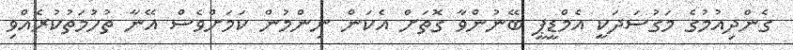
ގެންދިއުމުގެ މަގުސަދަކީ އެމްޑީޕީ ބޭނުންވާ ގޮތަށް އެކަން ނިންމުން ކަމަށްވެސް އޭނާ ތުހުމަތުކުރެއްވި